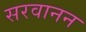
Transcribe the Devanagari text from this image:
सरवानन